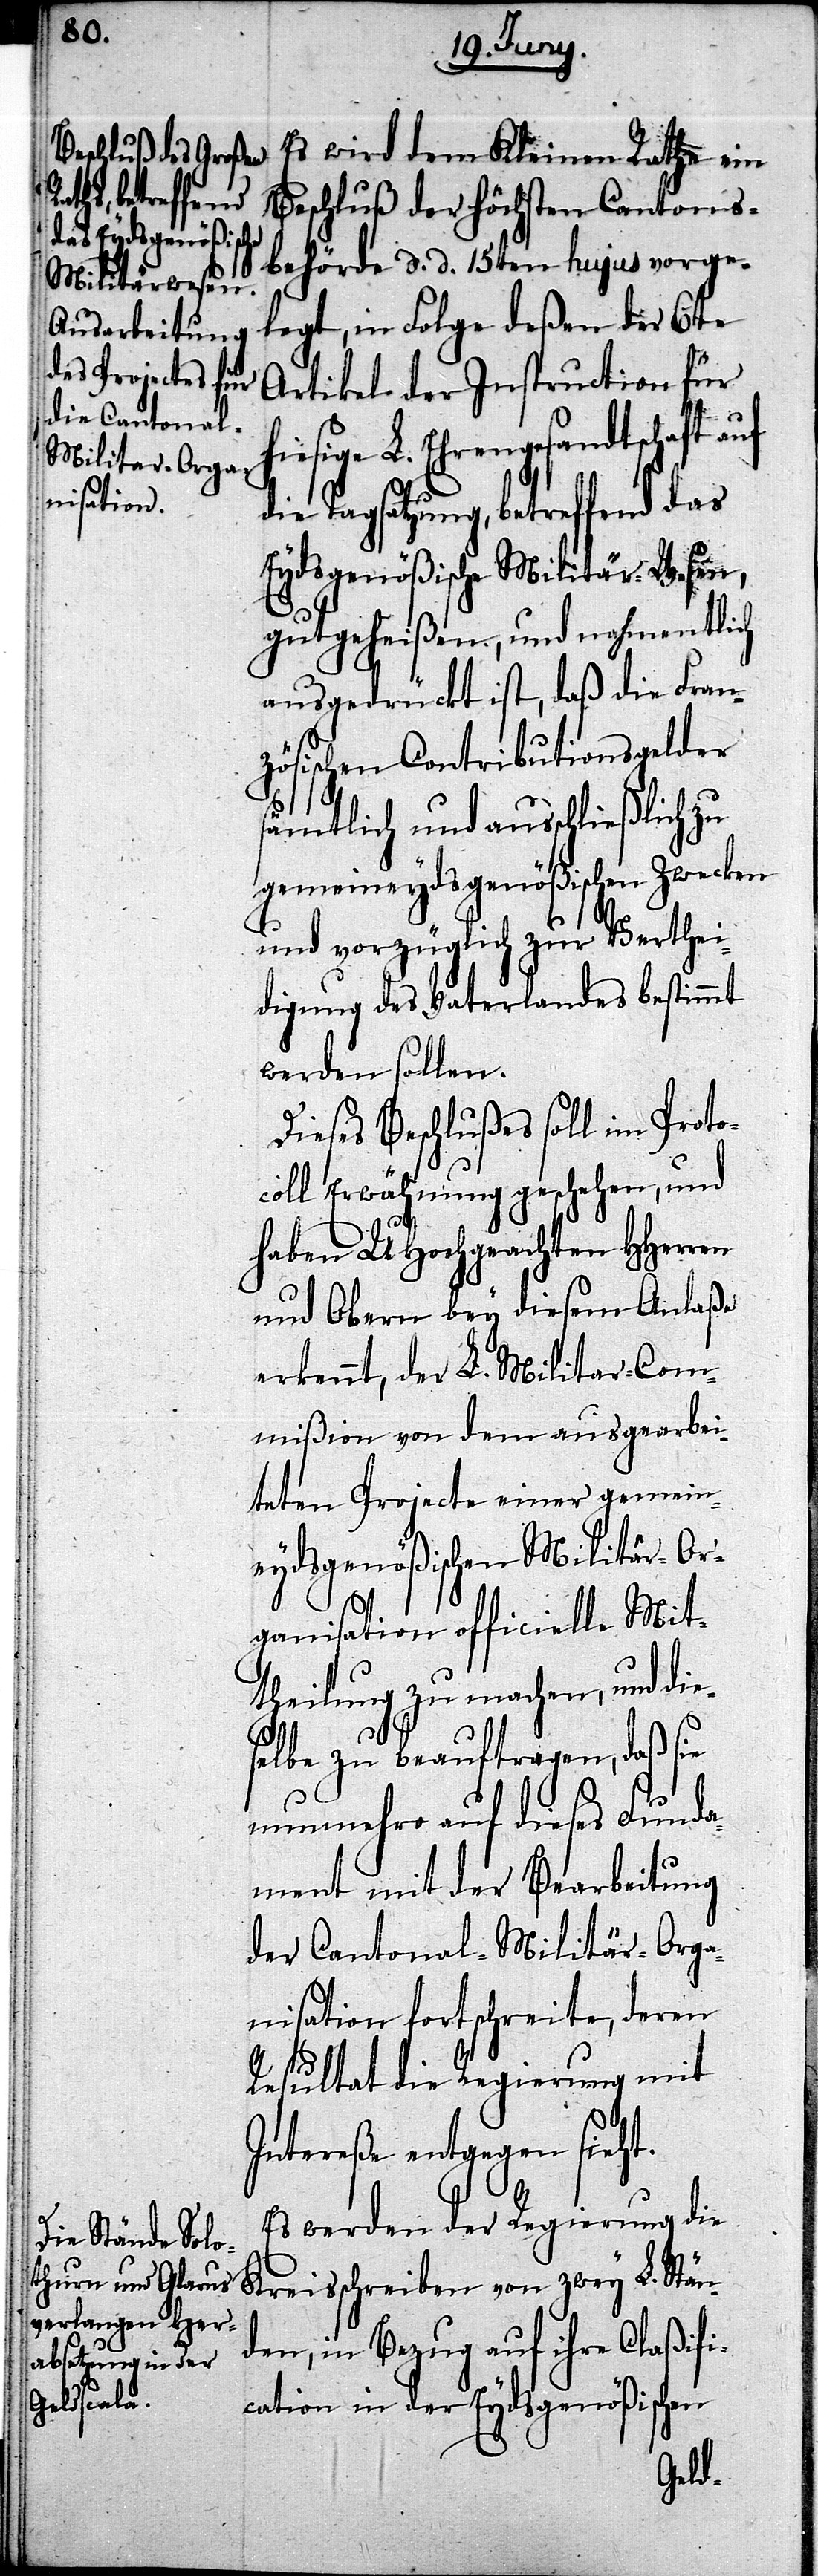
Es wird dem Kleinen Rathe ein
Beschluß der Höchsten Cantons¬
behörde d. d. 15ten hujus vorge¬
legt, in Folge deßen der 6te
Artikel der Instruction für
hiesige L. Ehrengesandtschaft auf
die Tagsatzung, betreffend das
Eydsgenößische Militär-Wesen,
gutgeheißen, und nahmentlich
ausgedrückt ist, daß die Fran¬
zösischen Contributionsgelder
sämtlich und ausschließlich zu
gemeineydsgenößischen Zwecken
und vorzüglich zur Verthei¬
digung des Vaterlandes bestimmt
werden sollen.
Dieses Beschlußes soll im Proto¬
coll Erwähnung geschehen, und
haben UHochgeachten HHerren
und Obern bey diesem Anlaße
erkennt, der L. Militar-Com¬
mißion von dem ausgearbei¬
teten Projecte einer gemein¬
eydsgenößischen Militär-Or¬
ganisation officielle Mit¬
theilung zu machen, und die¬
selbe zu beauftragen, daß sie
nunmehro auf dieses Funda¬
ment mit der Bearbeitung
der Cantonal-Militär-Orga¬
nisation fortschreite, deren
Resultat die Regierung mit
Intereße entgegen sieht.
Es werden der Regierung die
Kreisschreiben von zwey L. Stän¬
den, in Bezug auf ihre Claßifi¬
cation in der Eydsgenößischen